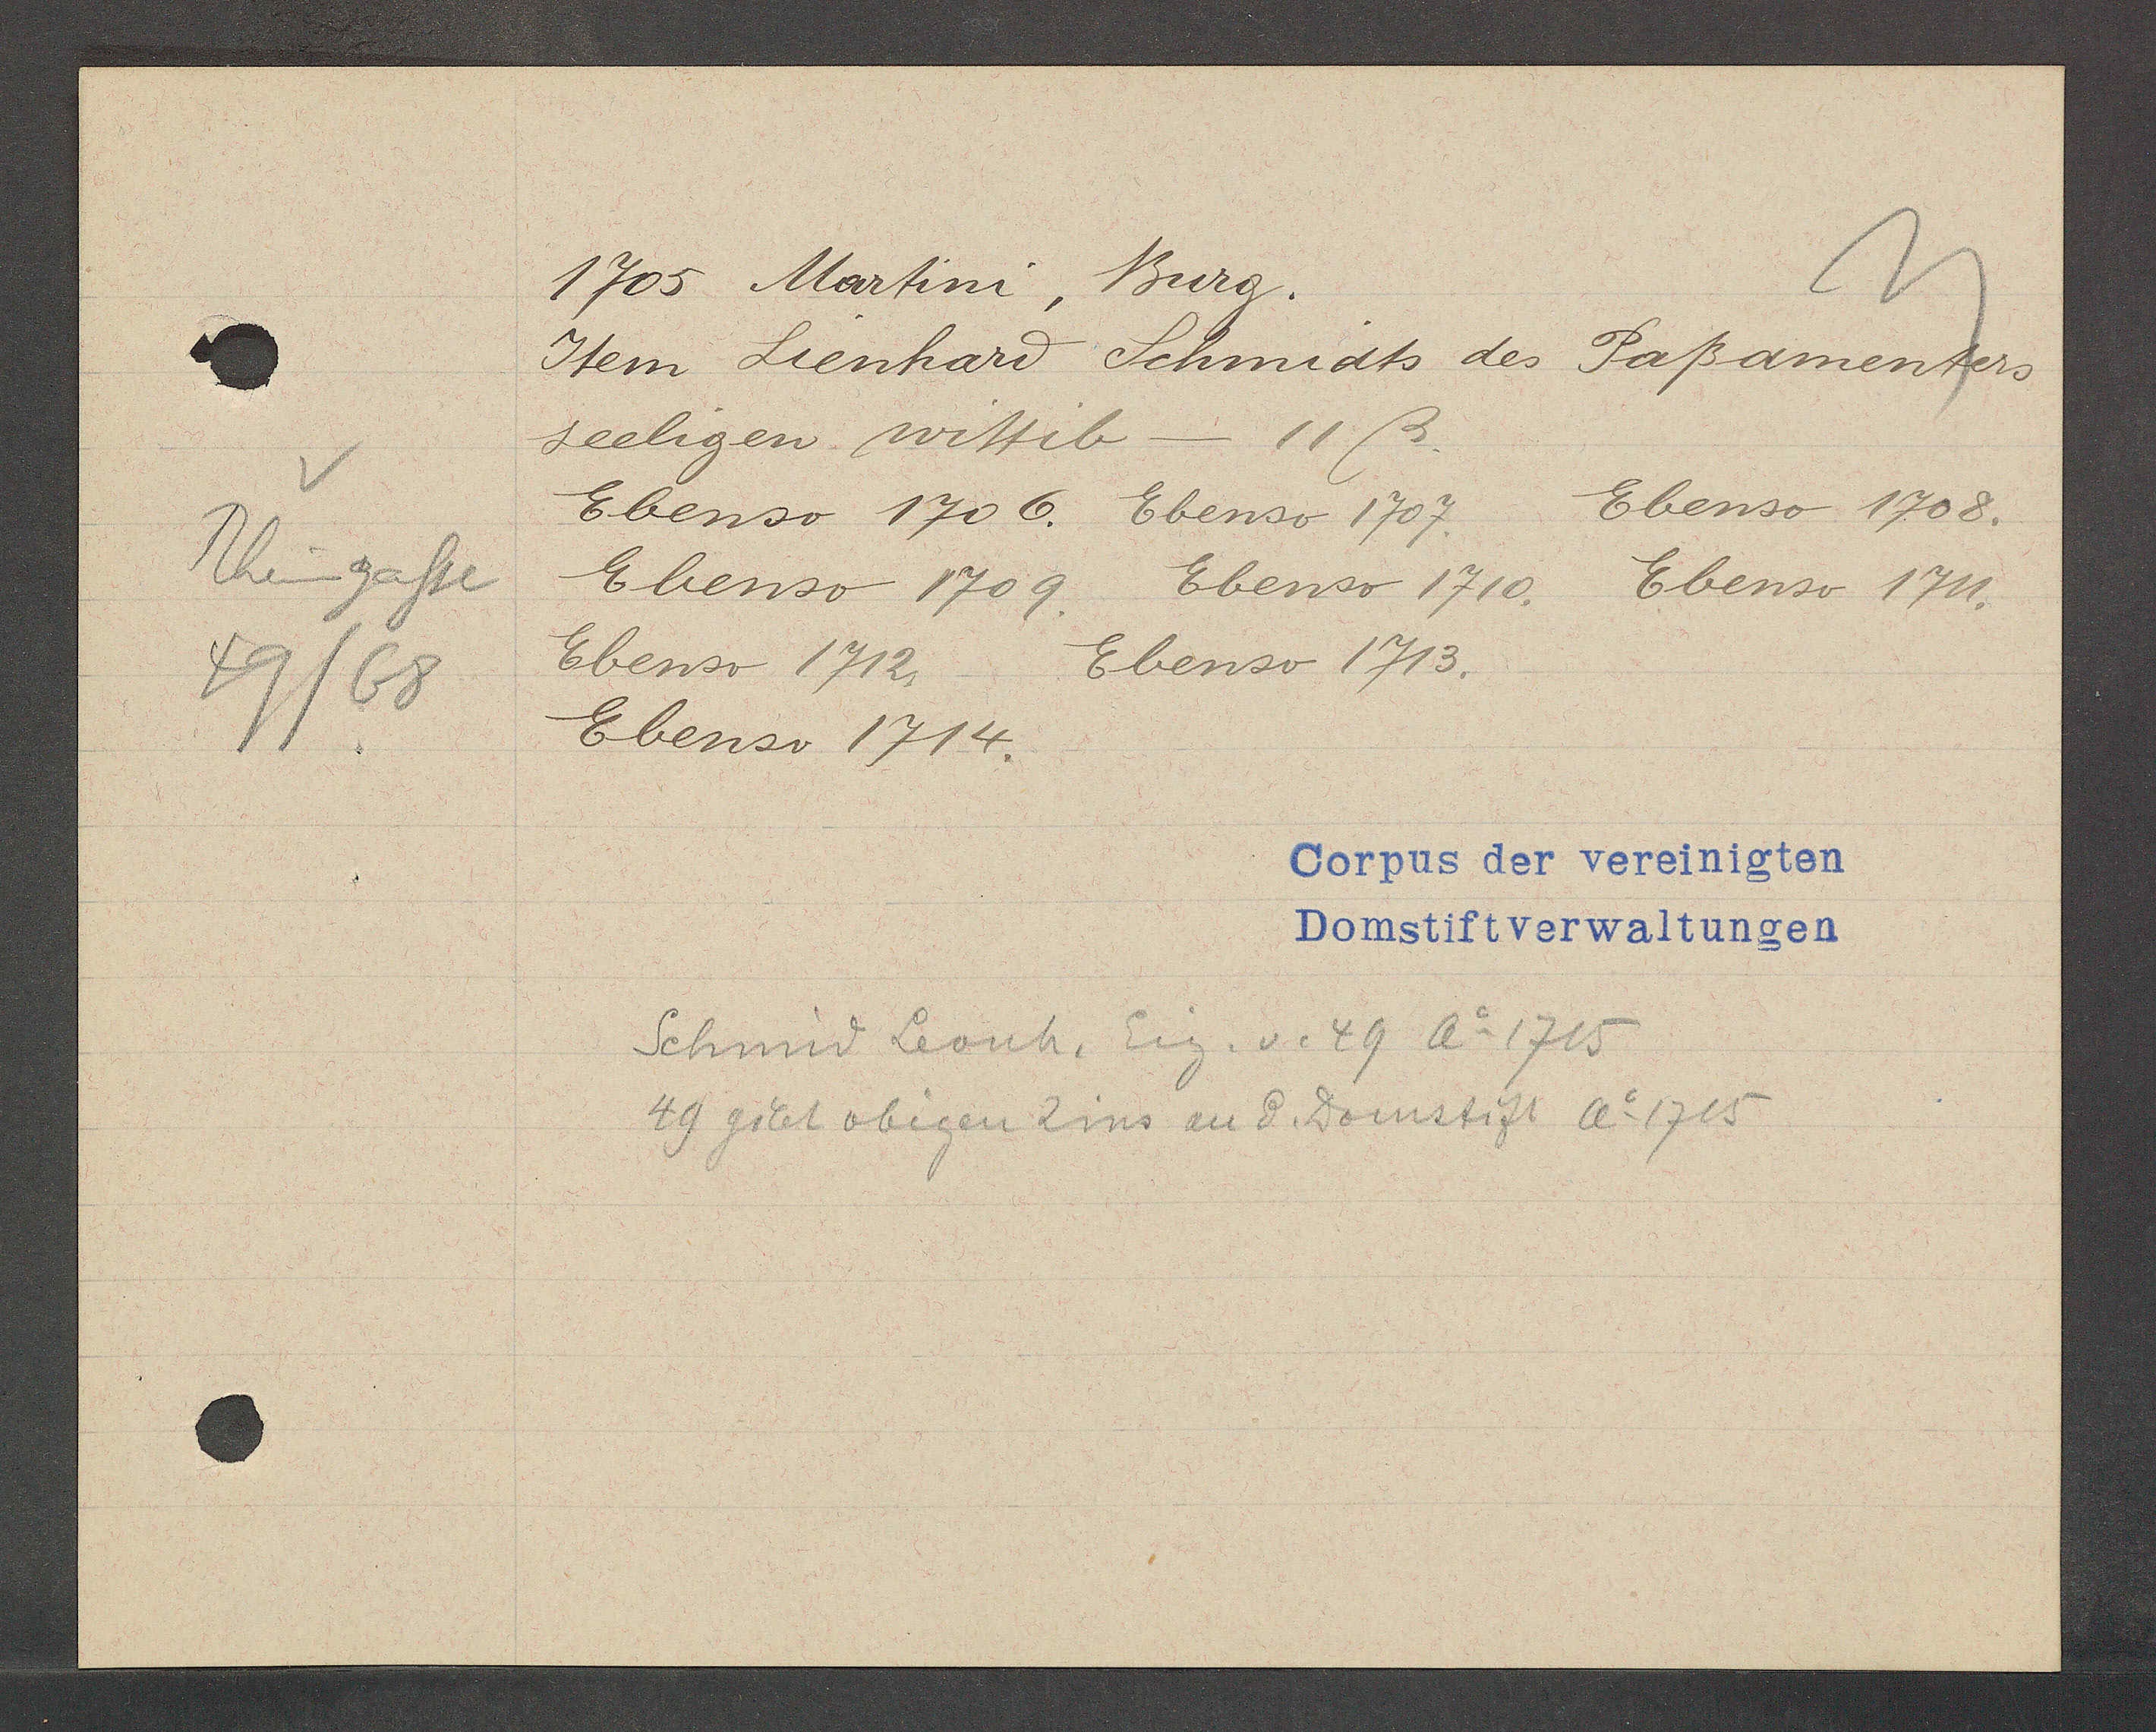
Transcript:
Rheingasse
49/68

1705 Martini,
Burg.

Item Lienhard
Schmidts des Paßamenters
seeligen wittib - 11ß.
Ebenso 1706.
Ebenso 1707.
Ebenso 1708.
Ebenso 1709
Ebenso 1710. Ebenso 1711.
Ebenso 1712.
Ebenso 1713.
Ebenso 1714.

Corpus der vereintgten
Domstiftverwaltungen

Schmid Leonh. Eig. v. 49 Ao 1715
49 gibt obigen Zins an d. Domstift Ao 1715